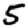
Digit: 5